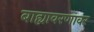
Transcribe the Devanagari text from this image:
बाह्यावरणावर